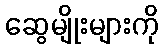
ဆွေမျိုးများကို